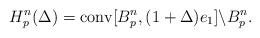
LaTeX: \begin{align*}H_p^n(\Delta)=\mathrm{conv}[B_p^n,(1+\Delta)e_1]\backslash B_p^n.\end{align*}